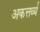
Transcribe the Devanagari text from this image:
अकत्तर्व्य